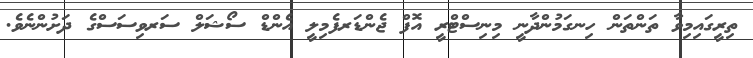
ތިރީގައިމިވާ ތަންތަން ހިނގަމުންދާނީ މިނިސްޓްރީ އޮފް ޖެންޑަރފެމިލީ އެންޑް ސޯޝަލް ސަރވިސަސްގެ ދަށުންނެވެ.